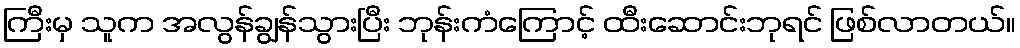
ကြီးမှ သူက အလွန်ချွန်သွားပြီး ဘုန်းကံကြောင့် ထီးဆောင်းဘုရင် ဖြစ်လာတယ်။